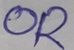
Text: OR